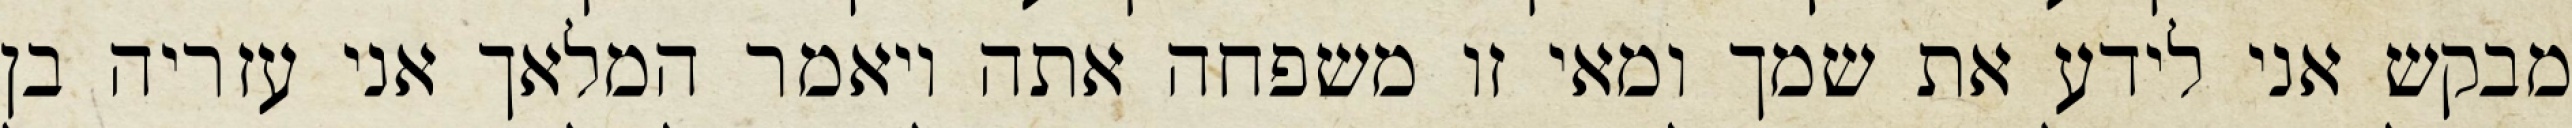
מבקש אני לידע את שמך ומאי זו משפחה אתה ויאמר המלאך אני עזריה בן